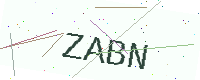
Text: ZABN